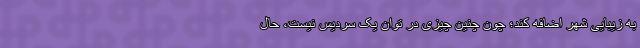
به زیبایی شهر اضافه کند؛ چون چنین چیزی در توان یک سردیس نیست، حال